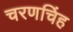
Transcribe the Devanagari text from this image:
चरणचिंह